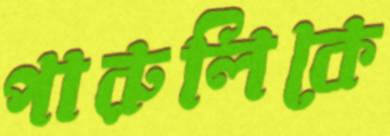
পারুলিকে